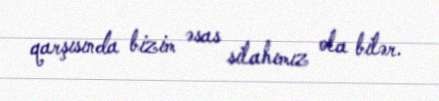
qarşısında bizim əsas silahımız ola bilər.